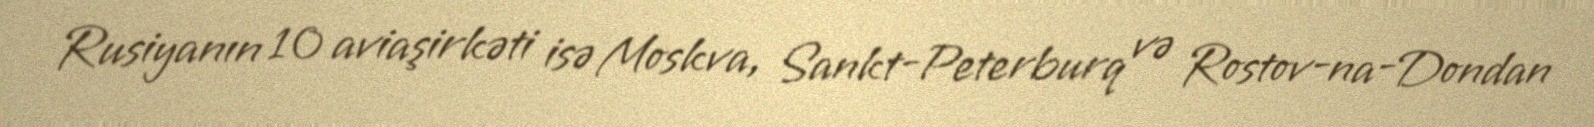
Rusiyanın 10 aviaşirkəti isə Moskva, Sankt-Peterburq və Rostov-na-Dondan